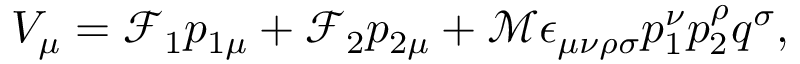
V _ { \mu } = \mathcal { F } _ { 1 } p _ { 1 \mu } + \mathcal { F } _ { 2 } p _ { 2 \mu } + \mathcal { M } \epsilon _ { \mu \nu \rho \sigma } p _ { 1 } ^ { \nu } p _ { 2 } ^ { \rho } q ^ { \sigma } ,